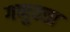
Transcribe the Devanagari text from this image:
गणुवत्ता